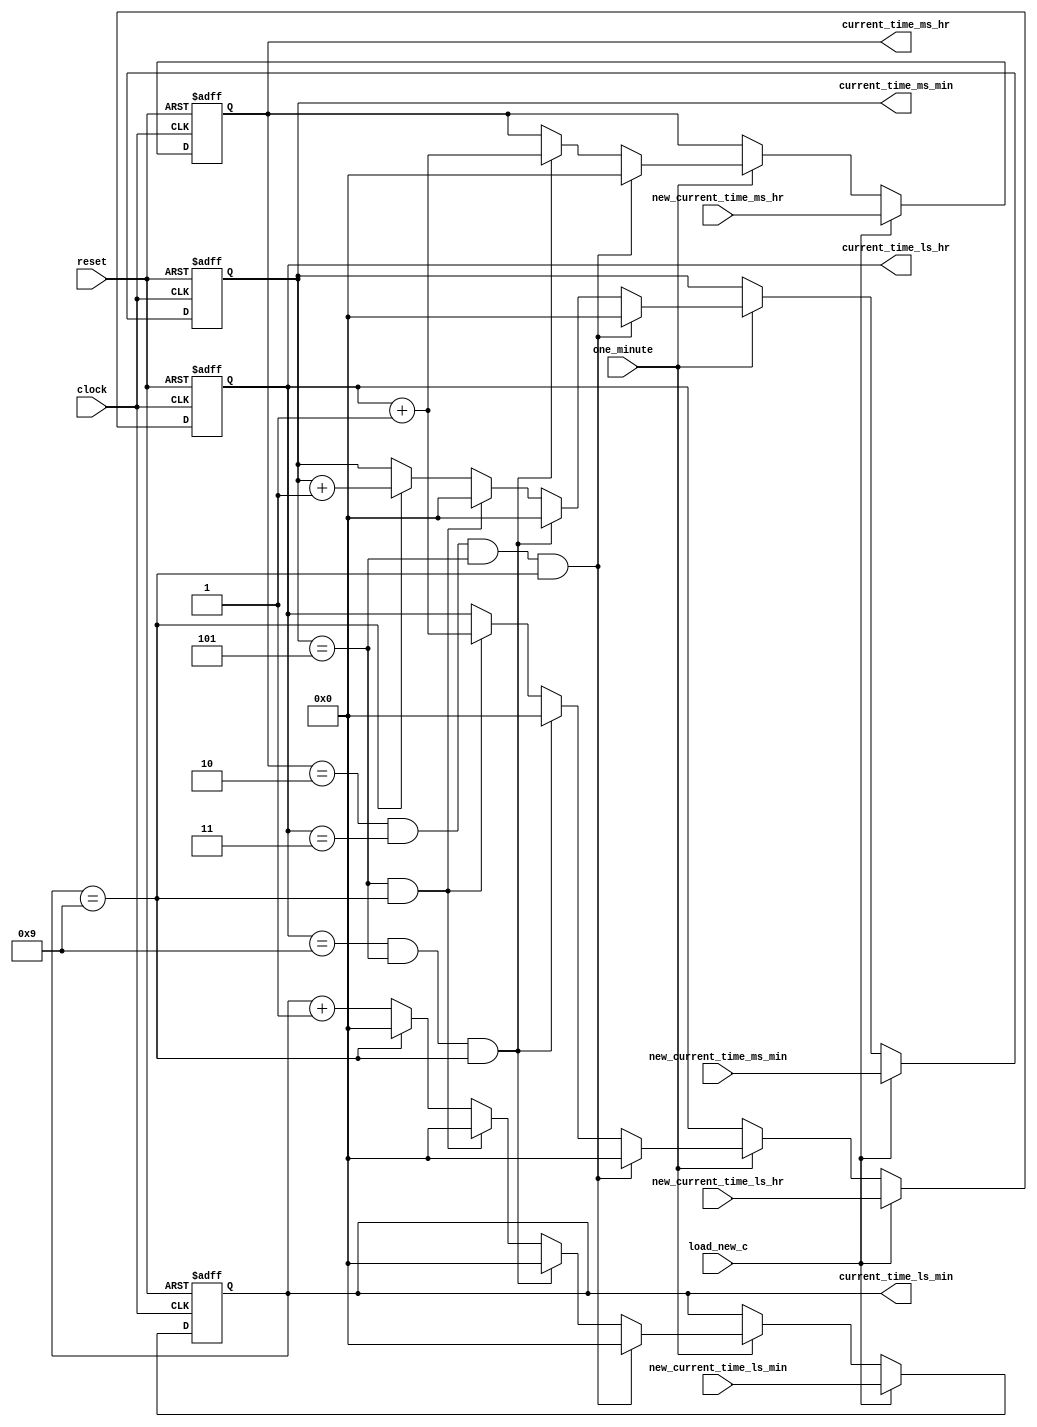
module counter (one_minute,
                new_current_time_ms_hr,
                new_current_time_ms_min,
                new_current_time_ls_hr,
                new_current_time_ls_min,
                load_new_c,
                clock,
                reset,
                current_time_ms_hr,
                current_time_ms_min,
                current_time_ls_hr,
                current_time_ls_min);
    
    input clock, reset;
    input load_new_c;
    input [3:0] new_current_time_ms_hr,
                new_current_time_ms_min,
                new_current_time_ls_hr,
                new_current_time_ls_min;
    input one_minute;

    output reg [3:0] current_time_ms_hr,
                     current_time_ms_min,
                     current_time_ls_hr,
                     current_time_ls_min;
    
    always @(posedge clock or posedge reset)
        begin
            if (reset)
                begin
                    current_time_ms_hr <= 4'd0;
                    current_time_ls_hr <= 4'd0;
                    current_time_ms_min <= 4'd0;
                    current_time_ls_min <= 4'd0;
                end
            else if(load_new_c)
                begin
                     current_time_ms_hr <= new_current_time_ms_hr;
                     current_time_ls_hr <= new_current_time_ls_hr;
                     current_time_ms_min <= new_current_time_ms_min;
                     current_time_ls_min <= new_current_time_ls_min;
                end
            else if(one_minute == 1)
                begin
                    if (current_time_ms_hr == 4'd2 && current_time_ls_hr == 4'd3 &&
                        current_time_ms_min == 4'd5 && current_time_ls_min == 4'd9)
                        begin
                            current_time_ms_hr <= 4'd0;
                            current_time_ls_hr <= 4'd0;
                            current_time_ms_min <= 4'd0;
                            current_time_ls_min <= 4'd0;
                        end
                    else if (current_time_ls_hr == 4'd9 && current_time_ms_min == 4'd5
                             && current_time_ls_min == 4'd9)
                        begin
                            current_time_ms_hr <= current_time_ls_hr + 1'd1;
                            current_time_ls_hr <= 4'd0;
                            current_time_ms_min <= 4'd0;
                            current_time_ls_min <= 4'd0;
                        end
                    else if (current_time_ms_min == 4'd5 && current_time_ls_min == 4'd9)
                        begin
                            current_time_ls_hr <= current_time_ls_hr + 1'd1;
                            current_time_ms_min <= 4'd0;
                            current_time_ls_min <= 4'd0;
                        end
                    else if (current_time_ls_min == 4'd9)
                        begin
                            current_time_ms_min <= current_time_ms_min + 1'd1;
                            current_time_ls_min <= 4'd0;
                        end
                     else
                        begin
                            current_time_ls_min <= current_time_ls_min + 1'd1;
                        end

                end
        end

endmodule